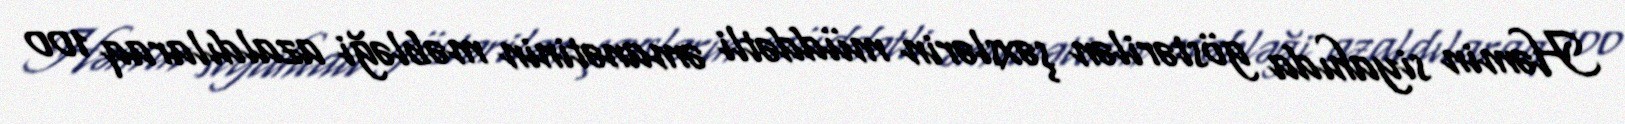
Həmin siyahıda göstərilən şəxslərin müddətli əmanətinin məbləği azaldılaraq 100